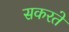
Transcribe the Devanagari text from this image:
सकरते